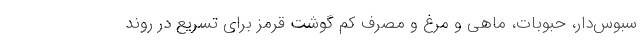
سبوس‌دار، حبوبات، ماهی و مرغ و مصرف کم گوشت قرمز برای تسریع در روند